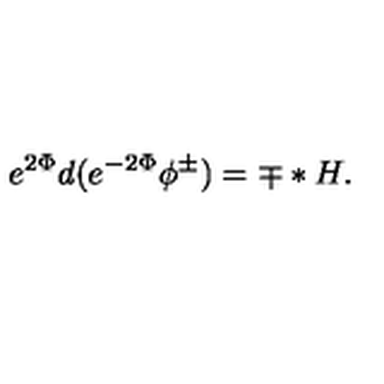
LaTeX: e ^ { 2 \Phi } d ( e ^ { - 2 \Phi } \phi ^ { \pm } ) = \mp * H .